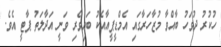
ހުކުރު ދުވަހު ބާއްވާ މުޒާހަރާގައި އެމްޑީޕީއާއެކު ބައިވެރި ވަނީ އަދާލަތު ޕާޓީ އެވެ.